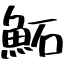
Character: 鮖